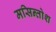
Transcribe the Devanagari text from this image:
मसिन्तोश